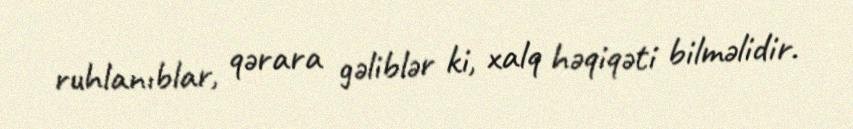
ruhlanıblar, qərara gəliblər ki, xalq həqiqəti bilməlidir.